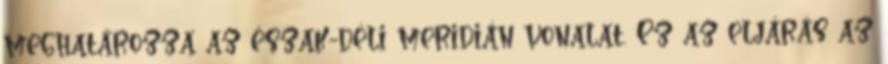
meghatározza az észak-déli meridián vonalat. Ez az eljárás az